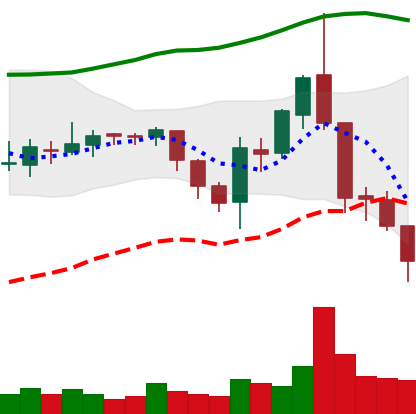
Ticker: ETC-USD
Chart end date: 2018-08-11
Forward return: 4.684%
Label: up_3_5